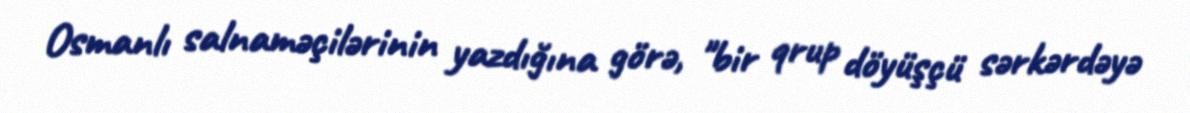
Osmanlı salnaməçilərinin yazdığına görə, "bir qrup döyüşçü sərkərdəyə